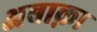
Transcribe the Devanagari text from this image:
अबाक़ा